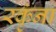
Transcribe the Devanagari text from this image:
रकृंना